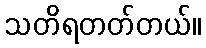
သတိရတတ်တယ်။